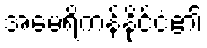
အမေရိကန်နိုင်ငံ၏